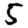
Digit: 5